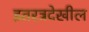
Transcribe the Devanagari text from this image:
इतरत्रदेखील